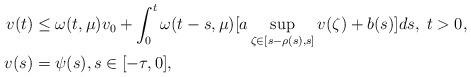
LaTeX: \begin{align*}v(t) & \le \omega(t,\mu)v_0 + \int_0^t \omega(t-s,\mu)[a \sup_{\zeta\in [s-\rho(s),s]}v(\zeta) + b(s)]ds, \; t>0,\\v(s) & = \psi(s), s\in [-\tau,0],\end{align*}